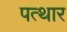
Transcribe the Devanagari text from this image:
पत्थार